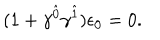
( 1 + \gamma ^ { \hat { 0 } } \gamma ^ { \hat { 1 } } ) \epsilon _ { 0 } = 0 .